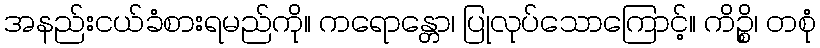
အနည်းငယ်ခံစားရမည်ကို။ ကရောန္တော၊ ပြုလုပ်သောကြောင့်။ ကိဉ္စိ၊ တစုံ